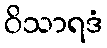
ဝိသာရဒံ